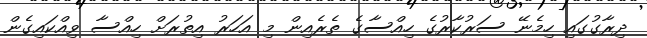
ދިރާގުގައި ހިމެނޭ ސަރުކާރުގެ ހިއްސާގެ ތެރެއިން މި އަހަރު އިތުރަށް ހިއްސާ ވިއްކައިގެން